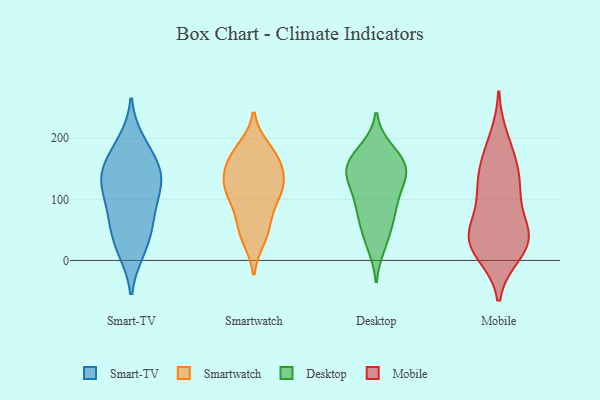
{"axis": {"x": "Waste Production (Tons)", "y": "Value"}, "legend": ["Desktop", "Mobile", "Smart-TV", "Smartwatch"], "data": [{"x": "", "y": 59, "type": "Smart-TV"}, {"x": "", "y": 139, "type": "Smart-TV"}, {"x": "", "y": 113, "type": "Smart-TV"}, {"x": "", "y": 179, "type": "Smart-TV"}, {"x": "", "y": 193, "type": "Smart-TV"}, {"x": "", "y": 155, "type": "Smart-TV"}, {"x": "", "y": 115, "type": "Smart-TV"}, {"x": "", "y": 133, "type": "Smart-TV"}, {"x": "", "y": 61, "type": "Smart-TV"}, {"x": "", "y": 17, "type": "Smart-TV"}, {"x": "", "y": 140, "type": "Smart-TV"}, {"x": "", "y": 76, "type": "Smart-TV"}, {"x": "", "y": 21, "type": "Smart-TV"}, {"x": "", "y": 80, "type": "Smartwatch"}, {"x": "", "y": 100, "type": "Smartwatch"}, {"x": "", "y": 119, "type": "Smartwatch"}, {"x": "", "y": 113, "type": "Smartwatch"}, {"x": "", "y": 120, "type": "Smartwatch"}, {"x": "", "y": 155, "type": "Smartwatch"}, {"x": "", "y": 175, "type": "Smartwatch"}, {"x": "", "y": 124, "type": "Smartwatch"}, {"x": "", "y": 36, "type": "Smartwatch"}, {"x": "", "y": 56, "type": "Smartwatch"}, {"x": "", "y": 183, "type": "Smartwatch"}, {"x": "", "y": 173, "type": "Smartwatch"}, {"x": "", "y": 138, "type": "Smartwatch"}, {"x": "", "y": 156, "type": "Smartwatch"}, {"x": "", "y": 43, "type": "Smartwatch"}, {"x": "", "y": 64, "type": "Desktop"}, {"x": "", "y": 146, "type": "Desktop"}, {"x": "", "y": 97, "type": "Desktop"}, {"x": "", "y": 143, "type": "Desktop"}, {"x": "", "y": 169, "type": "Desktop"}, {"x": "", "y": 177, "type": "Desktop"}, {"x": "", "y": 66, "type": "Desktop"}, {"x": "", "y": 149, "type": "Desktop"}, {"x": "", "y": 133, "type": "Desktop"}, {"x": "", "y": 98, "type": "Desktop"}, {"x": "", "y": 156, "type": "Desktop"}, {"x": "", "y": 33, "type": "Desktop"}, {"x": "", "y": 82, "type": "Desktop"}, {"x": "", "y": 24, "type": "Desktop"}, {"x": "", "y": 144, "type": "Desktop"}, {"x": "", "y": 182, "type": "Desktop"}, {"x": "", "y": 122, "type": "Desktop"}, {"x": "", "y": 45, "type": "Mobile"}, {"x": "", "y": 159, "type": "Mobile"}, {"x": "", "y": 110, "type": "Mobile"}, {"x": "", "y": 34, "type": "Mobile"}, {"x": "", "y": 200, "type": "Mobile"}, {"x": "", "y": 11, "type": "Mobile"}, {"x": "", "y": 170, "type": "Mobile"}, {"x": "", "y": 43, "type": "Mobile"}, {"x": "", "y": 26, "type": "Mobile"}, {"x": "", "y": 13, "type": "Mobile"}, {"x": "", "y": 44, "type": "Mobile"}, {"x": "", "y": 124, "type": "Mobile"}, {"x": "", "y": 133, "type": "Mobile"}, {"x": "", "y": 48, "type": "Mobile"}, {"x": "", "y": 103, "type": "Mobile"}]}